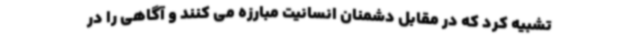
تشبیه کرد که در مقابل دشمنان انسانیت مبارزه می کنند و آگاهی را در